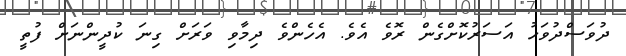
ދުވަސްދުވަހު އަސަރުކޮށްގެން ރޮވެ އެވެ. އެހެންވެ ދިމާވި ވަރަށް ގިނަ ކުދީންނަށް ފުތީ